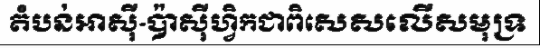
តំបន់អាស៊ី-ប៉ាស៊ីហ្វិកជាពិសេសលើសមុទ្រ